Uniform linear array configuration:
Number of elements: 4
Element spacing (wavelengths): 1
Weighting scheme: cosine
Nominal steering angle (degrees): -15
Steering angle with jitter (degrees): -13.558
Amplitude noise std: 0.05
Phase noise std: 0.05

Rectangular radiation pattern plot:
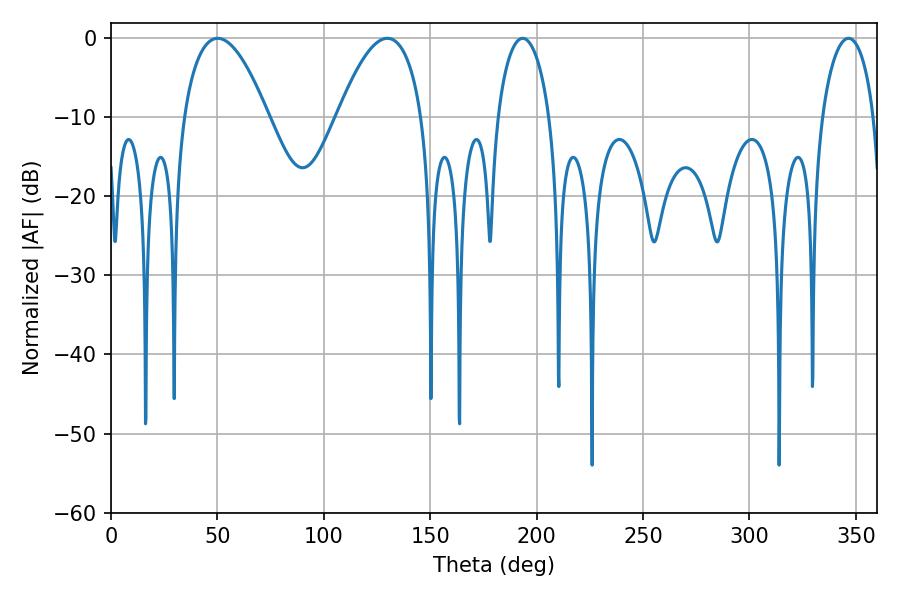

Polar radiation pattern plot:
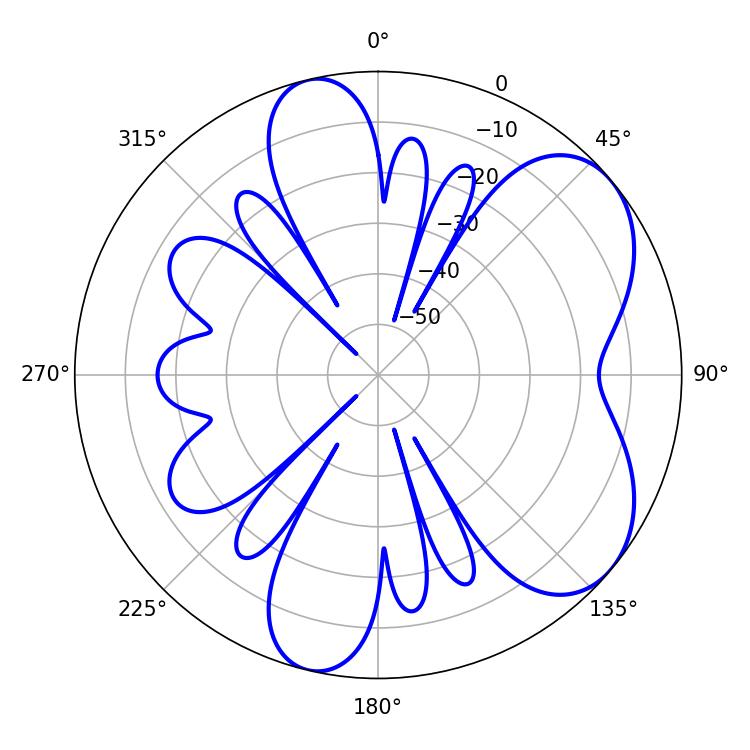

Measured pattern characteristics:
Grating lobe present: TRUE
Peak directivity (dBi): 6.009
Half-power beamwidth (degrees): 21.96
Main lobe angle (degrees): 50.22